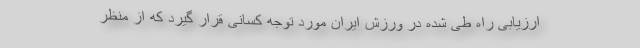
ارزیابی راه طی شده در ورزش ایران مورد توجه کسانی قرار گیرد که از منظر